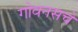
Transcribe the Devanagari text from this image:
गोवनसचे